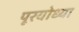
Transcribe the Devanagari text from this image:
पूरयोध्या